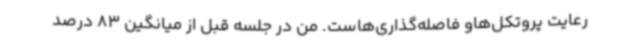
رعایت پروتکل‌هاو فاصله‌گذاری‌هاست. من در جلسه قبل از میانگین 83 درصد